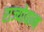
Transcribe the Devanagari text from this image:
राज्योद्यान